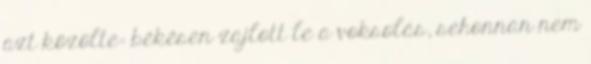
azt közölte: békésen zajlott le a voksolás, sehonnan nem